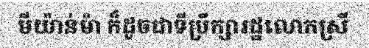
មីយ៉ាន់ម៉ា ក៏ដូចជាទីប្រឹក្សារដ្ឋលោកស្រី